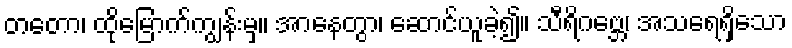
တတော၊ ထိုမြောက်ကျွန်းမှ။ အာနေတွာ၊ ဆောင်ယူခဲ့၍။ သီရိဂဗ္ဘေ၊ အသရေရှိသော